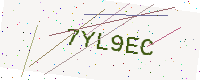
Text: 7YL9EC